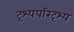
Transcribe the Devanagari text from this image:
दृश्यपरिदृश्य